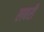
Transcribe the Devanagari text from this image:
लबरी